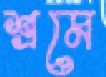
শ্রমে